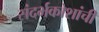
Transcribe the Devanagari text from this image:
संदर्भकोशांची